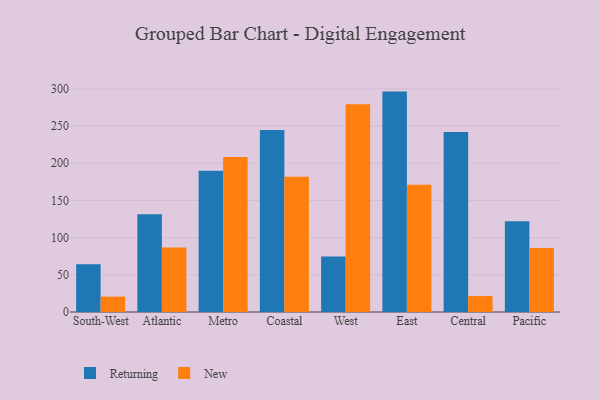
{"axis": {"x": "Region", "y": "Backlog"}, "legend": ["New", "Returning"], "data": [{"x": "South-West", "y": 64.3, "type": "Returning"}, {"x": "South-West", "y": 20.7, "type": "New"}, {"x": "Atlantic", "y": 131.4, "type": "Returning"}, {"x": "Atlantic", "y": 86.8, "type": "New"}, {"x": "Metro", "y": 189.8, "type": "Returning"}, {"x": "Metro", "y": 208.3, "type": "New"}, {"x": "Coastal", "y": 244.7, "type": "Returning"}, {"x": "Coastal", "y": 182.0, "type": "New"}, {"x": "West", "y": 74.6, "type": "Returning"}, {"x": "West", "y": 279.3, "type": "New"}, {"x": "East", "y": 296.4, "type": "Returning"}, {"x": "East", "y": 171.2, "type": "New"}, {"x": "Central", "y": 242.0, "type": "Returning"}, {"x": "Central", "y": 21.4, "type": "New"}, {"x": "Pacific", "y": 122.1, "type": "Returning"}, {"x": "Pacific", "y": 86.0, "type": "New"}]}